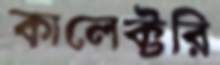
কালেক্টরি